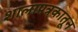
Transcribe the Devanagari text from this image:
शालापत्रकातून